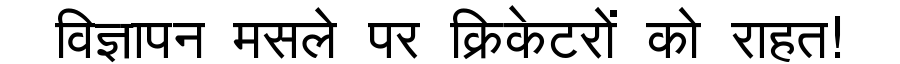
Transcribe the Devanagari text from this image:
विज्ञापन मसले पर क्रिकेटरों को राहत!